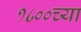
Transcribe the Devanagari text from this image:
१८००च्या